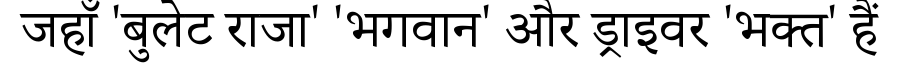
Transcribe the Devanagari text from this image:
जहाँ 'बुलेट राजा' 'भगवान' और ड्राइवर 'भक्त' हैं